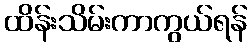
ထိန်းသိမ်းကာကွယ်ရန်